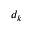
d _ { k }